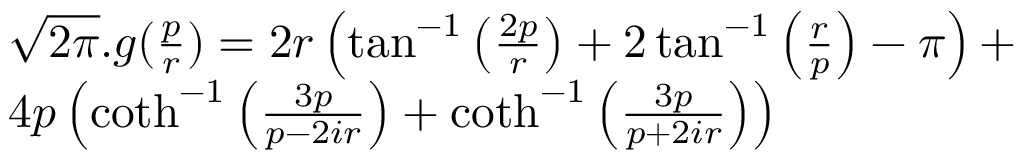
\begin{array} { r l } & { { \sqrt { 2 \pi } } . g ( \frac p r ) = 2 r \left( \tan ^ { - 1 } \left( \frac { 2 p } { r } \right) + 2 \tan ^ { - 1 } \left( \frac { r } { p } \right) - \pi \right) + } \\ & { 4 p \left( \coth ^ { - 1 } \left( \frac { 3 p } { p - 2 i r } \right) + \coth ^ { - 1 } \left( \frac { 3 p } { p + 2 i r } \right) \right) } \end{array}